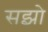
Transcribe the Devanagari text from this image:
सझो